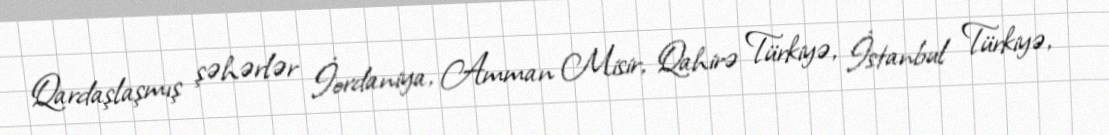
Qardaşlaşmış şəhərlər İordaniya, Amman Misir, Qahirə Türkiyə, İstanbul Türkiyə,